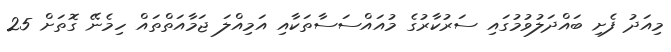
މިއަދު ފެށި ބައްދަލުވުމުގައި ސަރުކާރުގެ މުއައްސަސާތަކާއި އަމިއްލަ ޖަމާއަތްތައް ހިމެނޭ ގޮތަށް 25